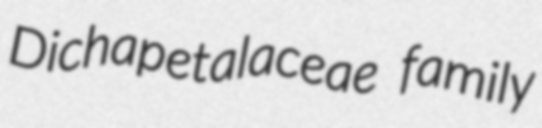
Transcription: Dichapetalaceae family